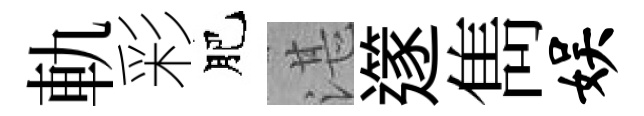
軌彩肥湛𨗹雋娱